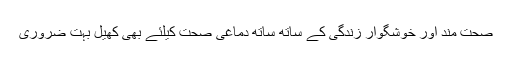
صحت مند اور خوشگوار زندگی کے ساتھ ساتھ دماغی صحت کیلئے بھی کھیل بہت ضروری